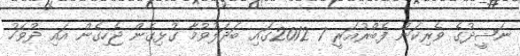
ނަޝީދުގެ ވެރިކަން ފެބްރުއަރީ 7 2012ގައި ބަދަލުވުމާ ގުޅިގެން ޖެހިގެން އައި ދުވަހު